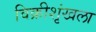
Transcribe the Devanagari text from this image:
विक्रीशृंखला